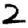
Digit: 2